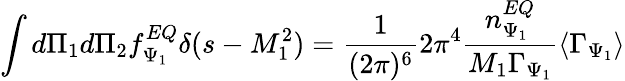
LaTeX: \int d\Pi_{1}d\Pi_{2}f_{\Psi_{1}}^{EQ}\delta(s-M_{1}^{2})=\frac{1}{(2\pi)^{6}}2\pi^{4}\frac{n_{\Psi_{1}}^{EQ}}{M_{1}\Gamma_{\Psi_{1}}}\langle\Gamma_{\Psi_{1}}\rangle